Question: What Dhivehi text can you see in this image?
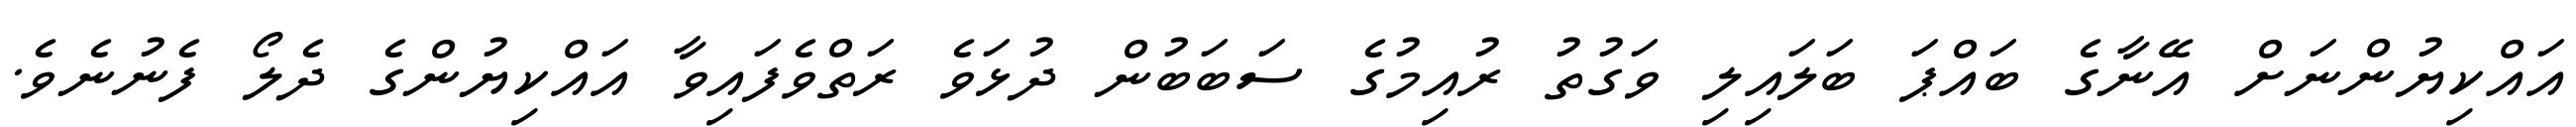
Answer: އައްކިޔުންނަށް އޭނާގެ ބައްޕަ ބަލައިލި ވަގުތު ރުއިމުގެ ސަބަބުން ދުޅަވެ ރަތްވެފައިވާ އައްކިޔުންގެ ދެލޯ ފެނުނެވެ.